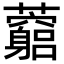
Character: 𧅓